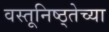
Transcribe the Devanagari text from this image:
वस्तूनिष्ठ्तेच्या